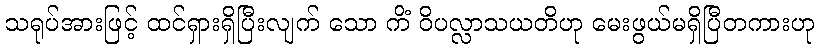
သရုပ်အားဖြင့် ထင်ရှားရှိပြီးလျက် သော ကိံ ဝိပလ္လာသယတိဟု မေးဖွယ်မရှိပြီတကားဟု